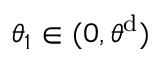
\theta _ { 1 } \in ( 0 , \theta ^ { \mathrm { d } } )